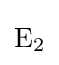
{\mathrm {E} {\vphantom {A}}_{\smash[{t}]{2}}}